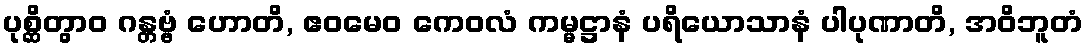
ပုစ္ဆိတွာဝ ဂန္တဗ္ဗံ ဟောတိ, ဧဝမေဝ ကေဝလံ ကမ္မဋ္ဌာနံ ပရိယောသာနံ ပါပုဏာတိ, အဝိဘူတံ